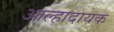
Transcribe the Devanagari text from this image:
आल्हादायक